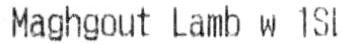
MAGHGOUT LAMB W 1SL